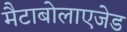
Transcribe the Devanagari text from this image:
मैटाबोलाएजेड